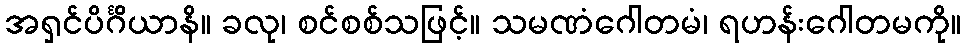
အရှင်ပိင်္ဂိယာနိ။ ခလု၊ စင်စစ်သဖြင့်။ သမဏံဂေါတမံ၊ ရဟန်းဂေါတမကို။